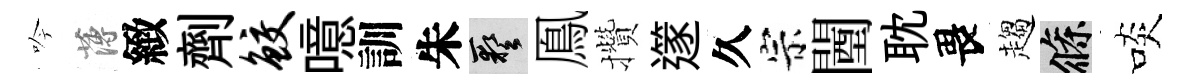
吟薄緻劑鲛噫訓朱藝鳯攢𨗹久宗闉耽畏趨條啖